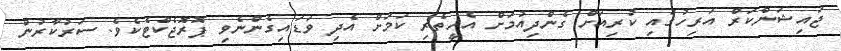
ޖައިޝަންކަރް އަރިހުގައި ކުރިއަށް ގެންދިއުމަށް އެހީތެރި ކަމަށް އެދި ވަޑައިގެންނެވި ޕޮރޮޖެކްޓެކެވެ. ސަރުކާރުން